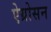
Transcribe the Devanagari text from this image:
ऐग्रोसन